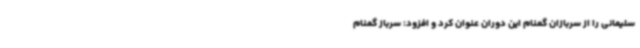
سلیمانی را از سربازان گمنام این دوران عنوان کرد و افزود: سرباز گمنام